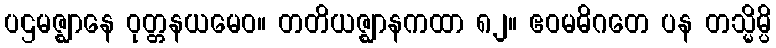
ပဌမဇ္ဈာနေ ဝုတ္တနယမေဝ။ တတိယဇ္ဈာနကထာ ၈၂။ ဧဝမဓိဂတေ ပန တသ္မိမ္ပိ